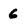
Character: 6